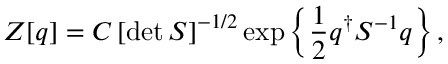
Z [ q ] = C \left[ \operatorname* { d e t } S \right] ^ { - 1 / 2 } \exp \left\{ \frac { 1 } { 2 } q ^ { \dagger } S ^ { - 1 } q \right\} ,